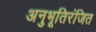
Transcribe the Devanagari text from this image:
अनुभूतिरंजित